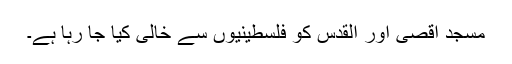
مسجد اقصیٰ اور القدس کو فلسطینیوں سے خالی کیا جا رہا ہے۔